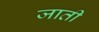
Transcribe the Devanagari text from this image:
जाती